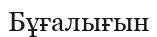
Бұғалығын